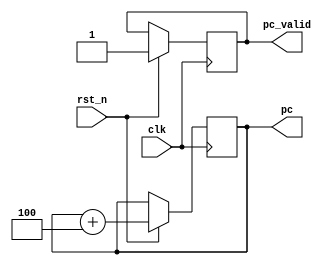
`timescale 1ns/1ps

module sim(
    input clk,
    input rst_n,
    output reg [31:0] pc,
    output reg pc_valid
);
    initial begin
        pc <= 0;
        pc_valid <= 0;
    end
    
    always @(posedge clk) begin
        if(rst_n) begin
            pc <= pc + 4;
            pc_valid <= 1;
        end
    end
endmodule